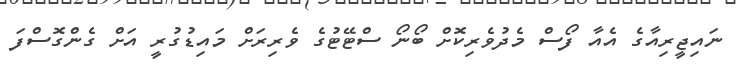
ނައިޖީރިއާގެ އެއާ ފޯސް މެދުވެރިކޮށް ބޯނޯ ސްޓޭޓުގެ ވެރިރަށް މައިޑުގުރީ އަށް ގެންގޮސްފަ